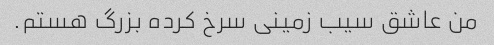
من عاشق سیب زمینی سرخ کرده بزرگ هستم.